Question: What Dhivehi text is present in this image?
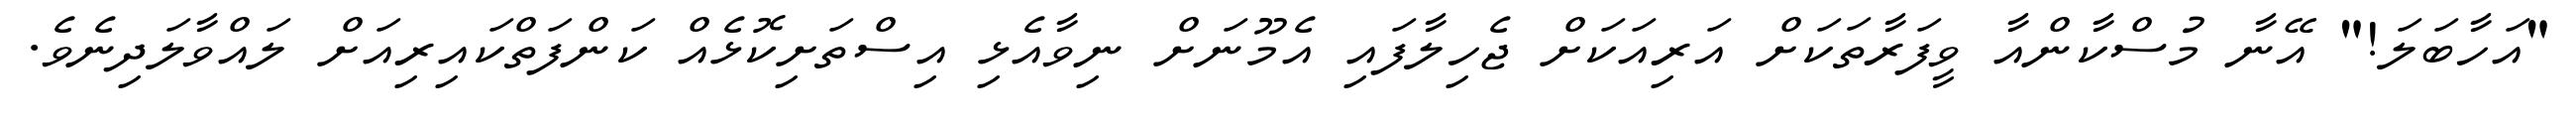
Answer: "އަހާބަލަ!" އޭނާ މުސްކާންއާ ވީފަރާތަކަށް އަރިއަކަށް ޖެހިލާފައި އެމޫނަށް ނިވާއެޅި އިސްތަށިކޮޅެއް ކަންފަތްކައިރިއަށް ލައްވާލަދިނެވެ.